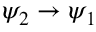
\psi _ { 2 } \rightarrow \psi _ { 1 }